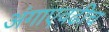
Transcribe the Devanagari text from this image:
अंगाएवढीच